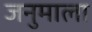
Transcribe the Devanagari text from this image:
जनुमाला